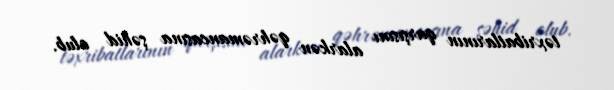
təxribatlarının qarşısını alarkən qəhrəmancasına şəhid olub.